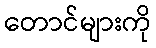
တောင်များကို